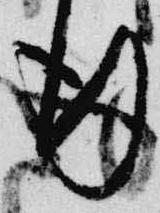
行